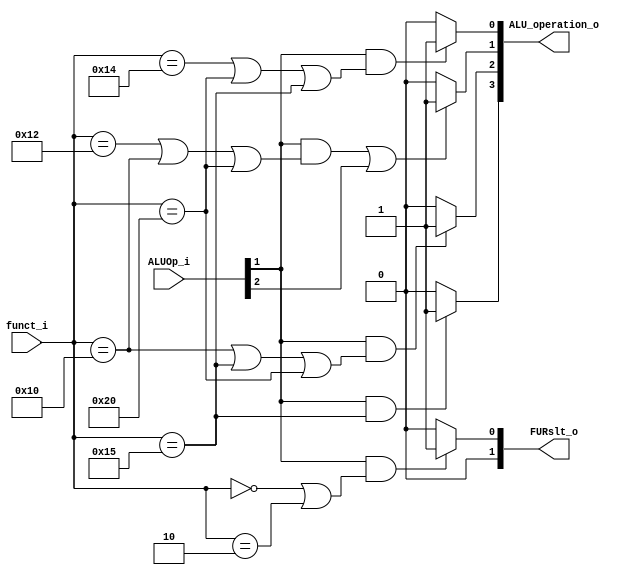
module ALU_Ctrl( funct_i, ALUOp_i, ALU_operation_o, FURslt_o );

//I/O ports 
input      [6-1:0] funct_i;
input      [3-1:0] ALUOp_i;

output     [4-1:0] ALU_operation_o;  
output     [2-1:0] FURslt_o;
     
//Internal Signals
wire		[4-1:0] ALU_operation_o;
wire		[2-1:0] FURslt_o;

//Main function
/*your code here*/

// or = 0000, and = 0001, add = 0010, sub = 0110, nor = 1101, slt = 0111, 

assign ALU_operation_o[0] = (ALUOp_i[1] && (funct_i == 6'b010100 || funct_i == 6'b100000 || funct_i == 6'b010101)) ? 1'b1 : 1'b0; // and, slt, nor
assign ALU_operation_o[1] = ((ALUOp_i[1] && (funct_i == 6'b010010 || funct_i == 6'b010000 || funct_i == 6'b100000)) || ALUOp_i[2]) ? 1'b1 : 1'b0; // add, sub, slt, addi
assign ALU_operation_o[2] = (ALUOp_i[1] && (funct_i == 6'b010000 || funct_i == 6'b010101 || funct_i == 6'b100000)) ? 1'b1 : 1'b0; // sub, nor, slt
assign ALU_operation_o[3] = (ALUOp_i[1] && funct_i == 6'b010101) ? 1'b1 : 1'b0; // nor

// furslt: ALU result = 00, Shifter result = 01, Zero filled = 10
assign FURslt_o[0] = (ALUOp_i[1] && (funct_i == 6'b000000 || funct_i == 6'b000010)) ? 1'b1 : 1'b0;
assign FURslt_o[1] = 1'b0;

endmodule